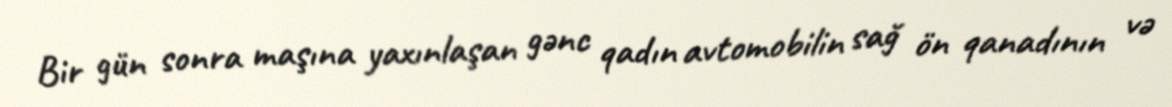
Bir gün sonra maşına yaxınlaşan gənc qadın avtomobilin sağ ön qanadının və